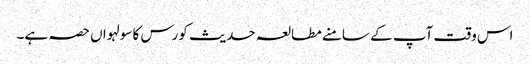
اس وقت آپ کے سامنے مطالعہ حدیث کورس کا سولہواں حصہ ہے۔